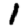
Digit: 1